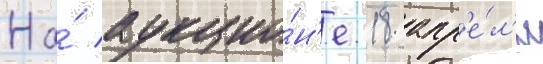
На́ аукцио́н'е 18 апр'е́л'я